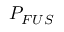
P _ { F U S }